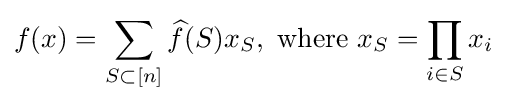
f(x)=\sum _{S\subset [n]}{\widehat {f}}(S)x_{S},{\text{ where }}x_{S}=\prod _{i\in S}x_{i}